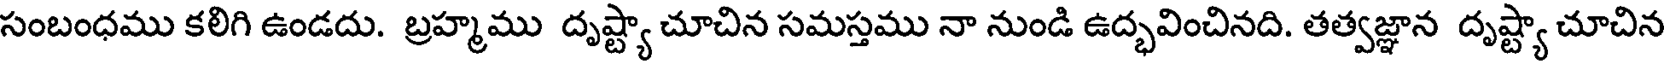
సంబంధము కలిగి ఉండదు. బ్రహ్మము దృష్ట్యా చూచిన సమస్తము నా నుండి ఉద్భవించినది. తత్వజ్ఞాన దృష్ట్యా చూచిన